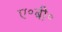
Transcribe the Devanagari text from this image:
ए॰बी॰